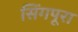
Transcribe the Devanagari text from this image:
सिंगपूरा